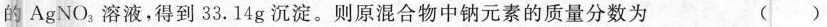
的AgNO_{3}溶液，得到33.14g沉淀。则原混合物中钠元素的质量分数为 （）